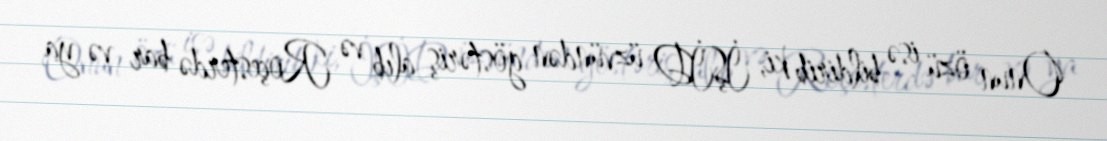
Onun özü isə bildirib ki, İŞİD üzvündən göstəriş alıb və Roçesterdə bar və ya